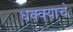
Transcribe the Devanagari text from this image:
धक्क्याचे